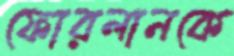
ফোরলানকে